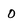
Character: O